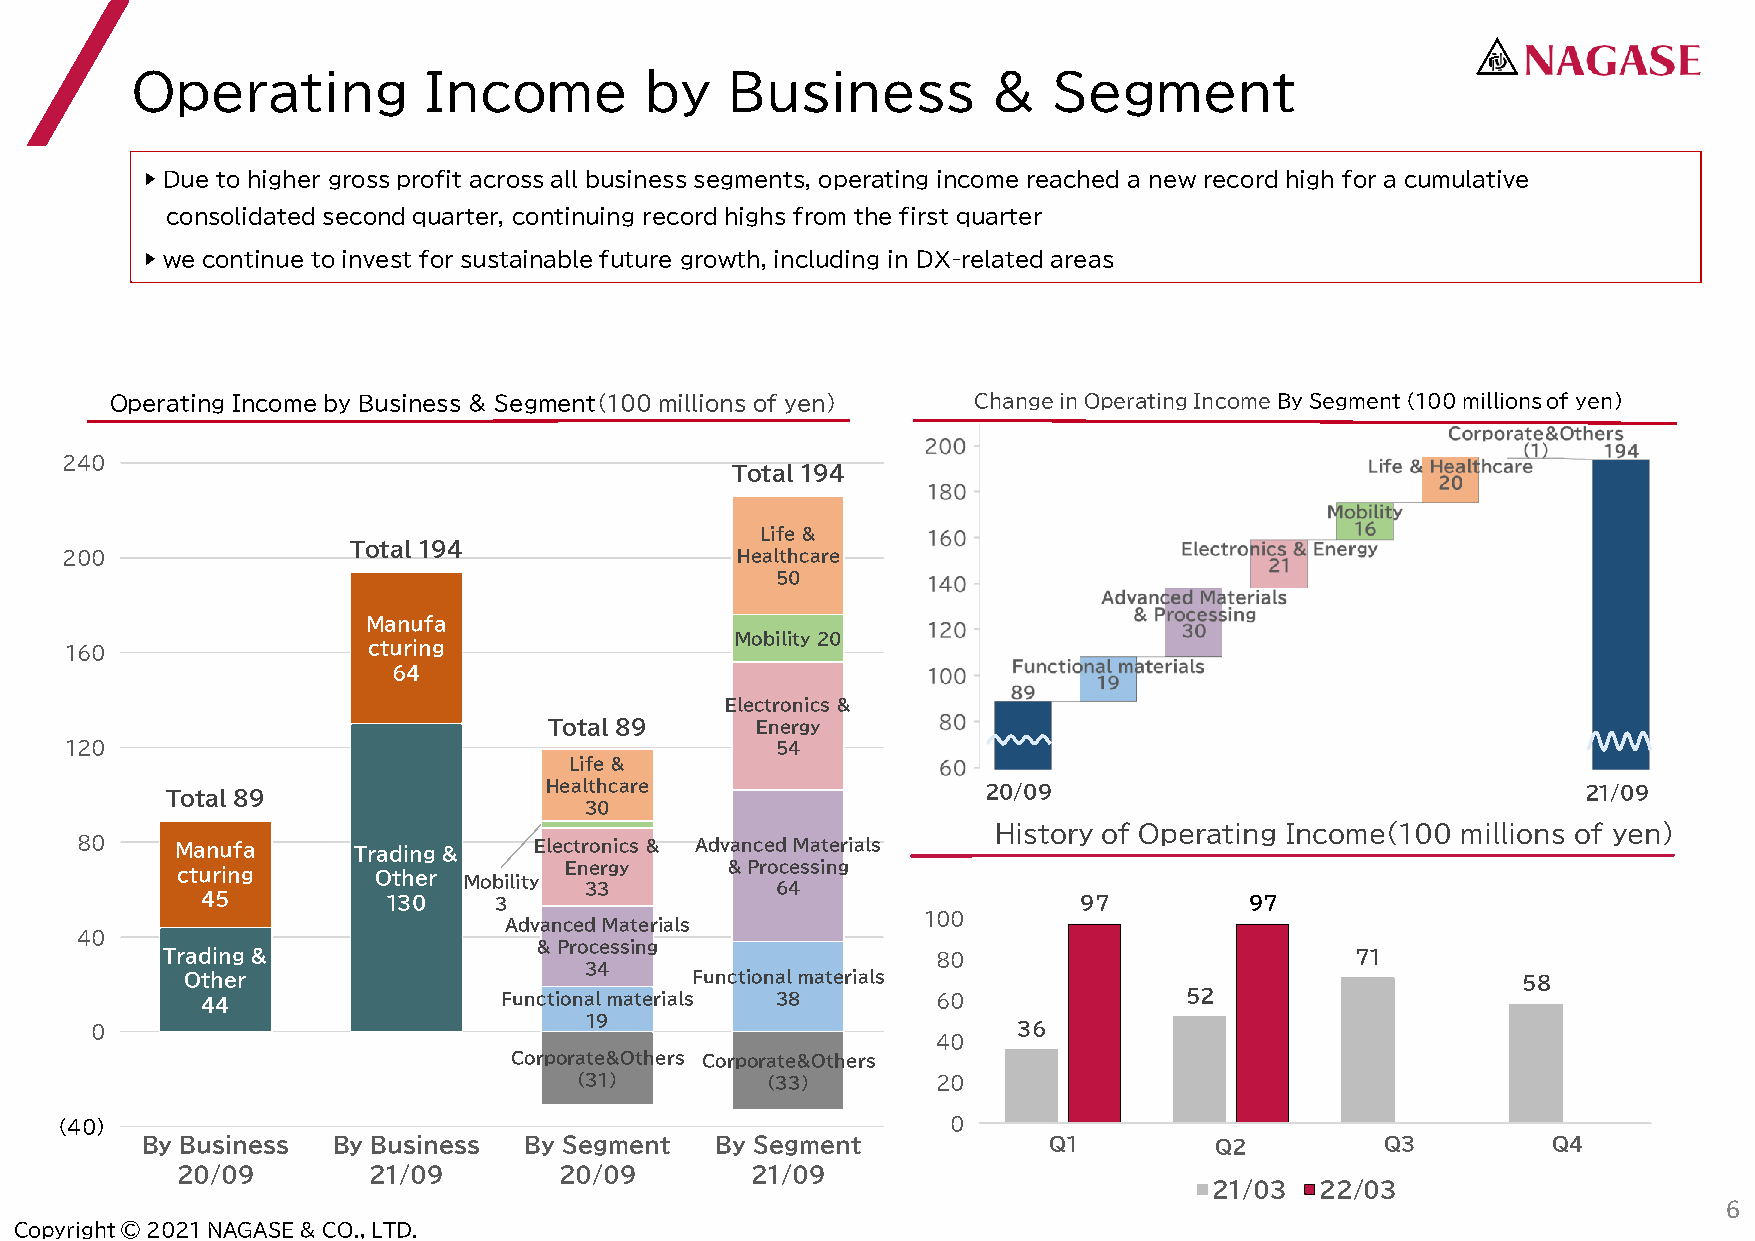
Operating          Income         by   Business          &   Segment
 ▶ Due to higher gross profit across all business segments, operating income reached a new record high for a cumulative
 consolidated second quarter, continuing record highs from the first quarter
 ▶ we continue to invest for sustainable future growth, including in DX-related areas
 Operating Income by Business & Segment(100millions of yen) Change in Operating IncomeBy Segment (100 millions of yen)
 240
 Total 194
 Life &
 Total 194
 200                                          Healthcare
 50
 Manufa
 Mobility20
 160                 cturing
 64
 Electronics &
 Total 89      Energy
 120                                            54
 Life &
 Total 89                 Healthcare                   20/09                                   21/09
 30
 History of Operating Income(100 millions of yen)
 80     Manufa     Trading &   Electronics & Advanced Materials
 cturing      Other Mobility Energy  & Processing
 33          64
 45           130    3                                     97          97
 100
 Advanced Materials
 40
 & Processing
 Trading &                                          80                          71
 34
 Other                             Functional materials                                   58
 44                  Functional materials 38      60              52
 19
 0                                                            36
 40
 Corporate&Others Corporate&Others
 (31)         (33)       20
 0          0
 (40)                                                       0
 By Business  By Business  By Segment  By Segment            Q1         Q２          Q3         Q4
 20/09       21/09        20/09        21/09
 21/03  22/03
 6
 Copyright © 2021 NAGASE & CO., LTD.